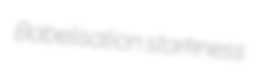
Babelisation starkness